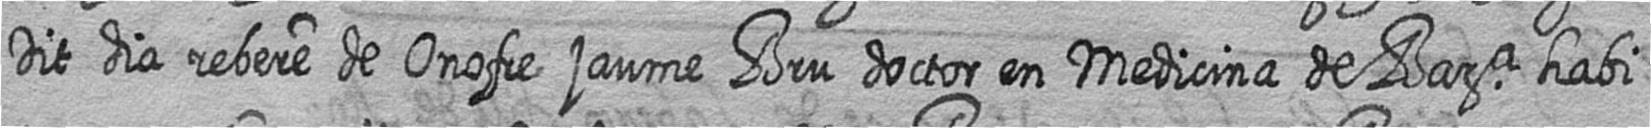
Dit dia rebere de Onofre jaume Bru doctor en Medicina de Bara habi=